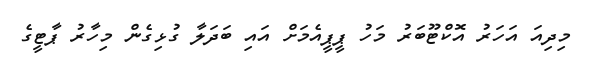
މިދިއަ އަހަރު އޮކްޓޫބަރު މަހު ޕީޕީއެމަށް އައި ބަދަލާ ގުޅިގެން މިހާރު ޕާޓީގެ